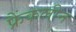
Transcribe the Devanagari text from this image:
फ्रैंकलीन